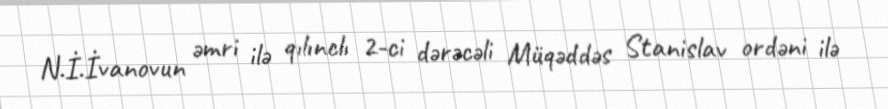
N.İ.İvanovun əmri ilə qılınclı 2-ci dərəcəli Müqəddəs Stanislav ordəni ilə